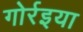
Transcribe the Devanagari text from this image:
गोर्रइया